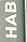
hab